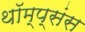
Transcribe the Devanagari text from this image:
थॉम्प्संस